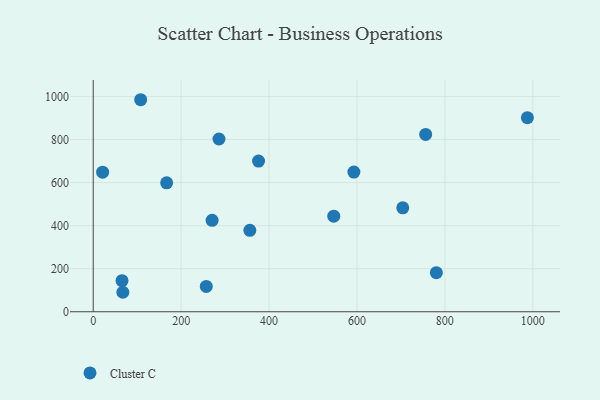
{"axis": {"x": "Engine Size", "y": "Rating"}, "legend": ["Cluster C"], "data": [{"x": "108.0", "y": 985.2, "type": "Cluster C"}, {"x": "257.2", "y": 117.8, "type": "Cluster C"}, {"x": "356.3", "y": 378.2, "type": "Cluster C"}, {"x": "167.0", "y": 599.2, "type": "Cluster C"}, {"x": "704.2", "y": 483.0, "type": "Cluster C"}, {"x": "65.5", "y": 144.6, "type": "Cluster C"}, {"x": "756.3", "y": 824.1, "type": "Cluster C"}, {"x": "547.2", "y": 444.0, "type": "Cluster C"}, {"x": "67.4", "y": 90.5, "type": "Cluster C"}, {"x": "21.4", "y": 648.4, "type": "Cluster C"}, {"x": "270.5", "y": 424.9, "type": "Cluster C"}, {"x": "780.6", "y": 181.8, "type": "Cluster C"}, {"x": "376.1", "y": 700.3, "type": "Cluster C"}, {"x": "286.1", "y": 802.6, "type": "Cluster C"}, {"x": "987.7", "y": 901.7, "type": "Cluster C"}, {"x": "593.0", "y": 649.2, "type": "Cluster C"}]}